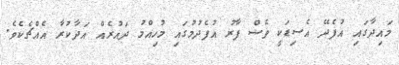
މައިދާގައި އުފެދޭ އެސިޑަކީ ވެސް ފާރު އުފެދުމުގައި މުހިއްމު ދައުރެއް އަދާކުރާ އެއްޗެކެވެ.